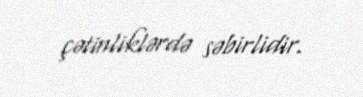
çətinliklərdə səbirlidir.